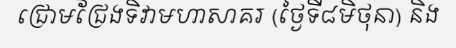
ជ្រោមជ្រែងទិវាមហាសាគរ (ថ្ងៃទី៨មិថុនា) និង